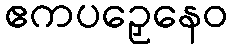
ဧကပဉှေနေဝ